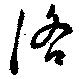
洛